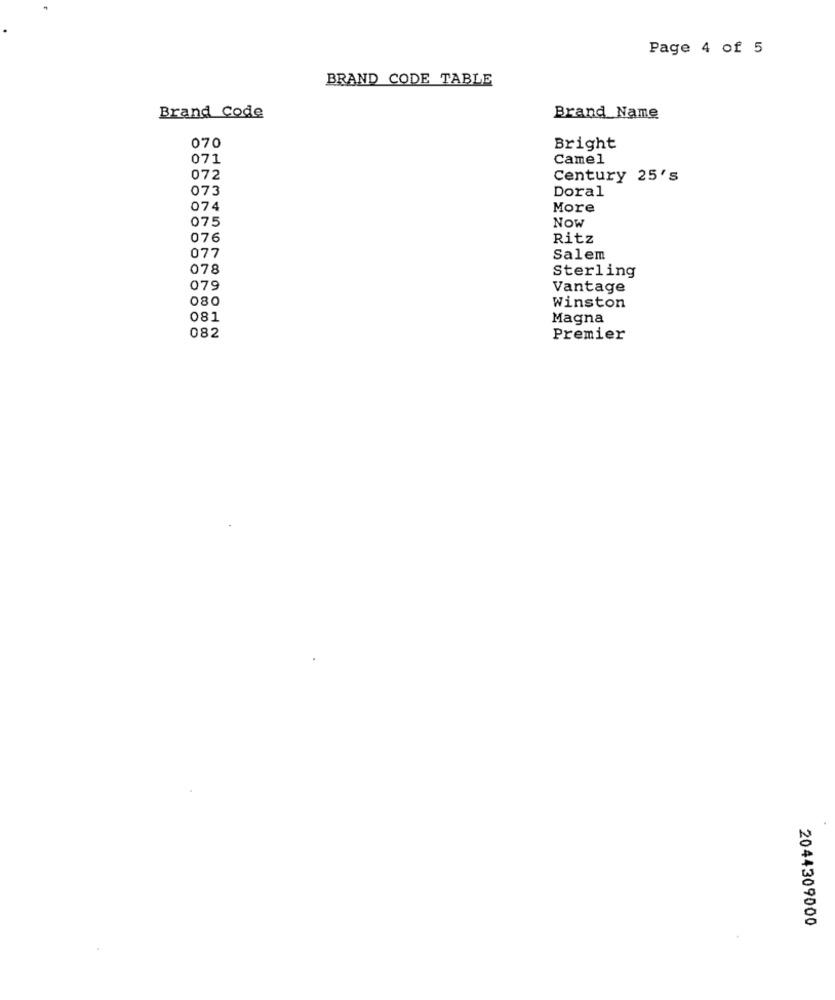
Page 4 of 5
BRAND CODE TABLE
Brand Code
Brand Name
070
Bright
071
Camel
072
Century 25's
073
Doral
074
More
075
NOW
076
Ritz
077
Salem
078
Sterling
079
Vantage
080
Winston
081
Magna
082
Premier
2044309000